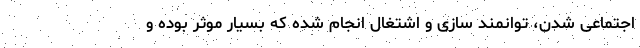
اجتماعی شدن، توانمند سازی و اشتغال انجام شده که بسیار موثر بوده و